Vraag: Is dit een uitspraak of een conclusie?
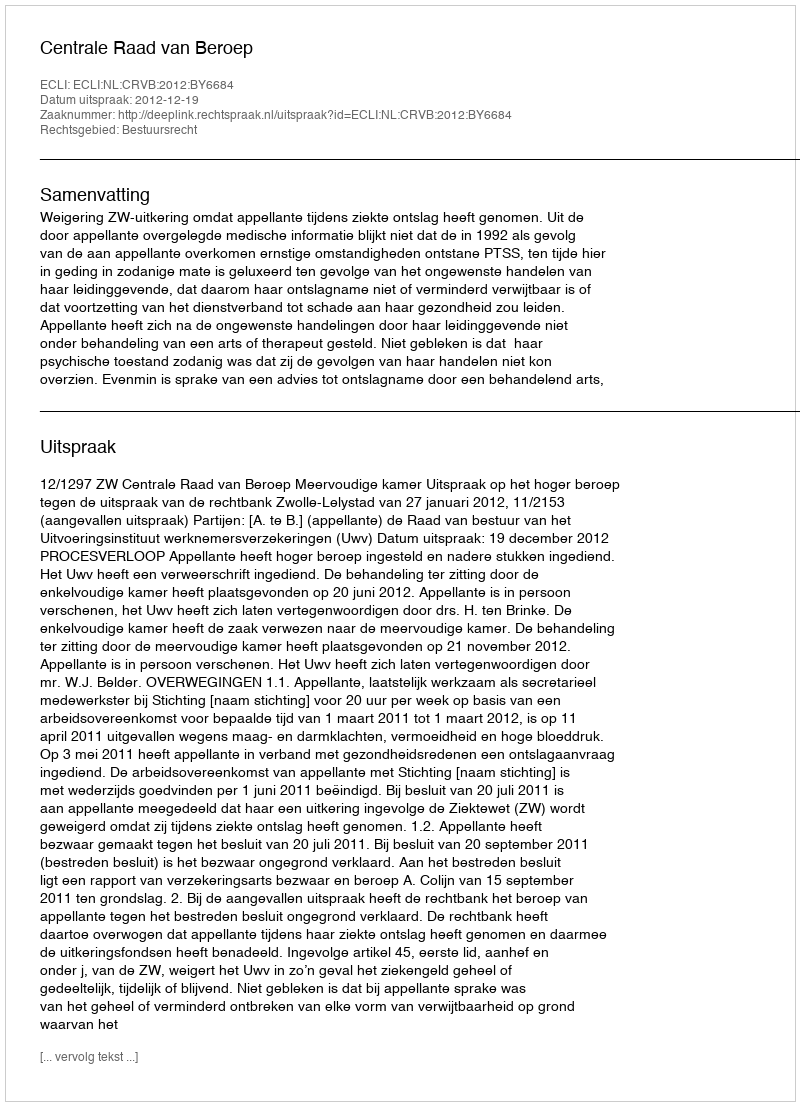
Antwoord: Uitspraak